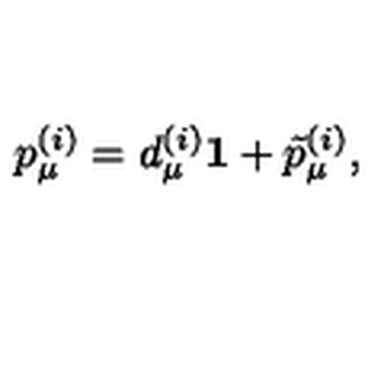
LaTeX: p _ { \mu } ^ { ( i ) } = d _ { \mu } ^ { ( i ) } { \bf 1 } + \tilde { p } _ { \mu } ^ { ( i ) } ,